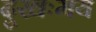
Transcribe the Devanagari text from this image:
दुखःमय